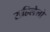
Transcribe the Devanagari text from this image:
राहिलेलो